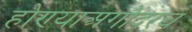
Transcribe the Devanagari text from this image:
होण्याअगोदरच